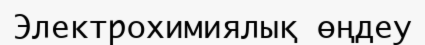
Электрохимиялық өңдеу